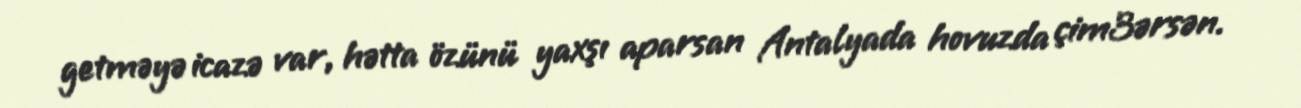
getməyə icazə var, hətta özünü yaxşı aparsan Antalyada hovuzda çim3ərsən.